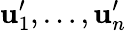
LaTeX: \mathbf{u}_{1}^{\prime},\ldots,\mathbf{u}_{n}^{\prime}